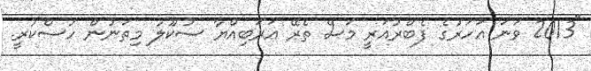
"2013 ވަނަ އަހަރުގެ ފެބްރުއަރީ މަސް ތެރޭ އަރަބިއްޔާ ސުކޫލު މިތަނުން ހުސްކުރީ.